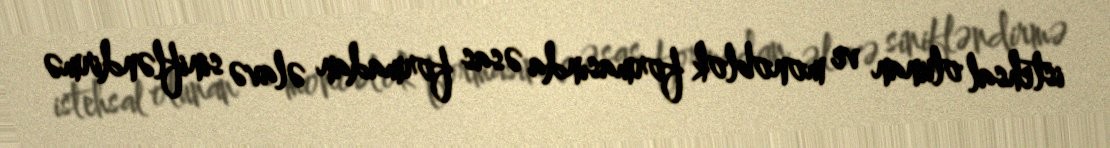
istehsal olunan ve monoblok formasında əsas formadan əlavə sinifləndirmə